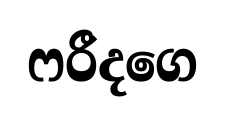
ෆරීදගෙ